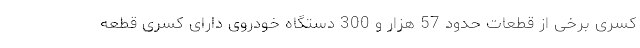
کسری برخی از قطعات حدود 57 هزار و 300 دستگاه خودروی دارای کسری قطعه